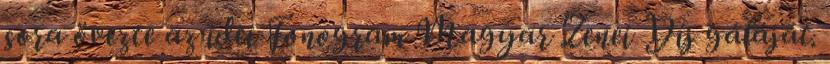
sora övezte az idei Fonogram Magyar Zenei Díj gáláját.